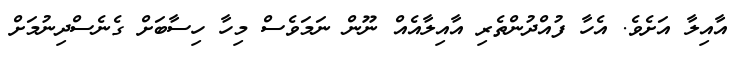
އާއިލާ އަށެވެ. އެހާ ފުއްދުންތެރި އާއިލާއެއް ނޫން ނަމަވެސް މިހާ ހިސާބަށް ގެނެސްދިނުމަށް